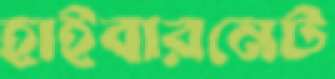
হাইবারনেট